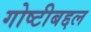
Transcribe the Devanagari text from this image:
गोष्टीबद्दल